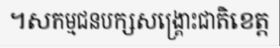
។សកម្មជនបក្សសង្គ្រោះជាតិខេត្ត